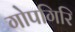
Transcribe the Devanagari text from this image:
गोपगिरि